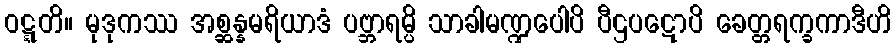
ဝဋ္ဋတိ။ မုဒုကဿ အစ္ဆန္နမရိယာဒံ ပဗ္ဘာရမ္ပိ သာခါမဏ္ဍပေါပိ ပီဌပဋောပိ ခေတ္တရက္ခကာဒီဟိ